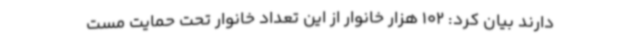
دارند بیان کرد: 102 هزار خانوار از این تعداد خانوار تحت حمایت مست